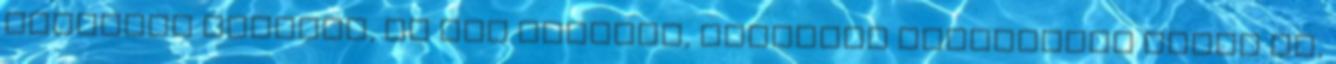
felfedte kilétét, és azt közölte, támogató szavazatot adott le,